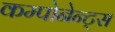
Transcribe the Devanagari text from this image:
कम्पोनेन्ट्स